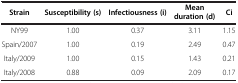
<table><thead><tr><td><b>Strain</b></td><td><b>Susceptibility (s)</b></td><td><b>Infectiousness (i)</b></td><td><b>Mean duration (d)</b></td><td><b>Ci</b></td></tr></thead><tbody><tr><td>NY99</td><td>1.00</td><td>0.37</td><td>3.11</td><td>1.15</td></tr><tr><td>Spain/2007</td><td>1.00</td><td>0.19</td><td>2.49</td><td>0.47</td></tr><tr><td>Italy/2009</td><td>1.00</td><td>0.15</td><td>1.43</td><td>0.21</td></tr><tr><td>Italy/2008</td><td>0.88</td><td>0.09</td><td>2.09</td><td>0.17</td></tr></tbody></table>